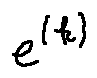
e ^ { ( k ) }